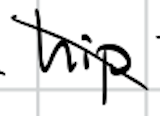
Text: hip
Cross-out: diagonal
Writing tool: digital_black